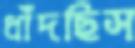
ধাঁদছিস